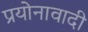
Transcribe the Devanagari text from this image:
प्रयोनावादी